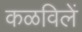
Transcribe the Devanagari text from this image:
कळविलें